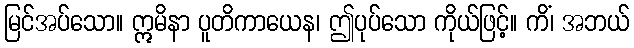
မြင်အပ်သော။ ဣမိနာ ပူတိကာယေန၊ ဤပုပ်သော ကိုယ်ဖြင့်။ ကိံ၊ အဘယ်